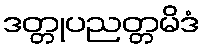
ဒတ္တုပညတ္တမိဒံ